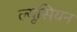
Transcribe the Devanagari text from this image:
ल्यूसियन